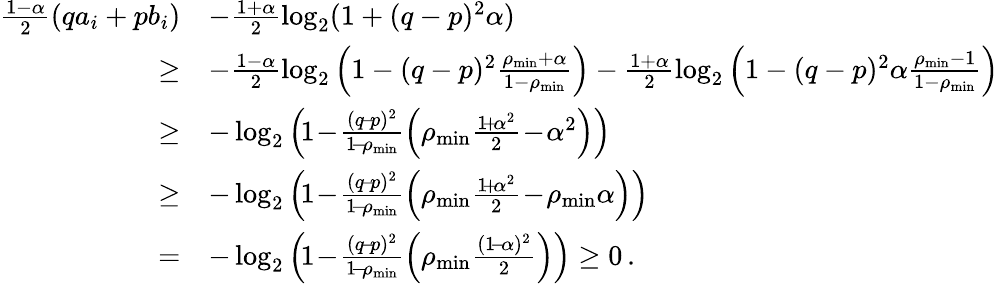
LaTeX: \begin{array}{rl}{\frac{1-\alpha}{2}\left(qa_{i}+pb_{i}\right)}&{-\frac{1+\alpha}{2}\log_{2}(1+(q-p)^{2}\alpha)}\\ {\ge}&{-\frac{1-\alpha}{2}\log_{2}\left(1-(q-p)^{2}\frac{\rho_{\operatorname*{min}}+\alpha}{1-\rho_{\operatorname*{min}}}\right)-\frac{1+\alpha}{2}\log_{2}\left(1-(q-p)^{2}\alpha\frac{\rho_{\operatorname*{min}}-1}{1-\rho_{\operatorname*{min}}}\right)}\\ {\ge}&{-\log_{2}\left(\! 1\! -\! \frac{(q\! -\! p)^{2}}{1\! -\! \rho_{\operatorname*{min}}}\left(\rho_{\operatorname*{min}}\frac{1\! +\! \alpha^{2}}{2}\! -\! \alpha^{2}\right)\right)}\\ {\ge}&{-\log_{2}\left(\! 1\! -\! \frac{(q\! -\! p)^{2}}{1\! -\! \rho_{\operatorname*{min}}}\left(\rho_{\operatorname*{min}}\frac{1\! +\! \alpha^{2}}{2}\! -\! \rho_{\operatorname*{min}}\alpha\right)\right)}\\ {=}&{-\log_{2}\left(\! 1\! -\! \frac{(q\! -\! p)^{2}}{1\! -\! \rho_{\operatorname*{min}}}\left(\rho_{\operatorname*{min}}\frac{(1\! -\! \alpha)^{2}}{2}\right)\right)\ge 0\, .}\end{array}